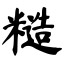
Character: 糙